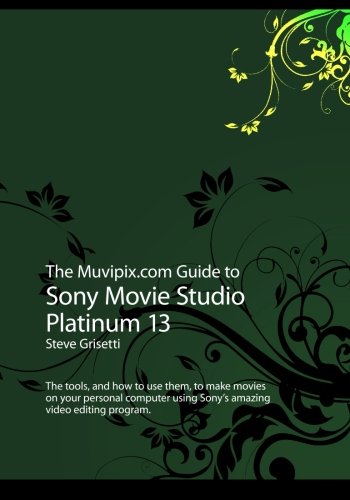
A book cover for The Muvipix.com Guide to Sony Movie Studio Platinum 13: The tools, and how to use them, to make movies on your personal computer with Sony's amazing video editing program; Steve Grisetti; Arts & Photography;